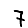
Digit: 7